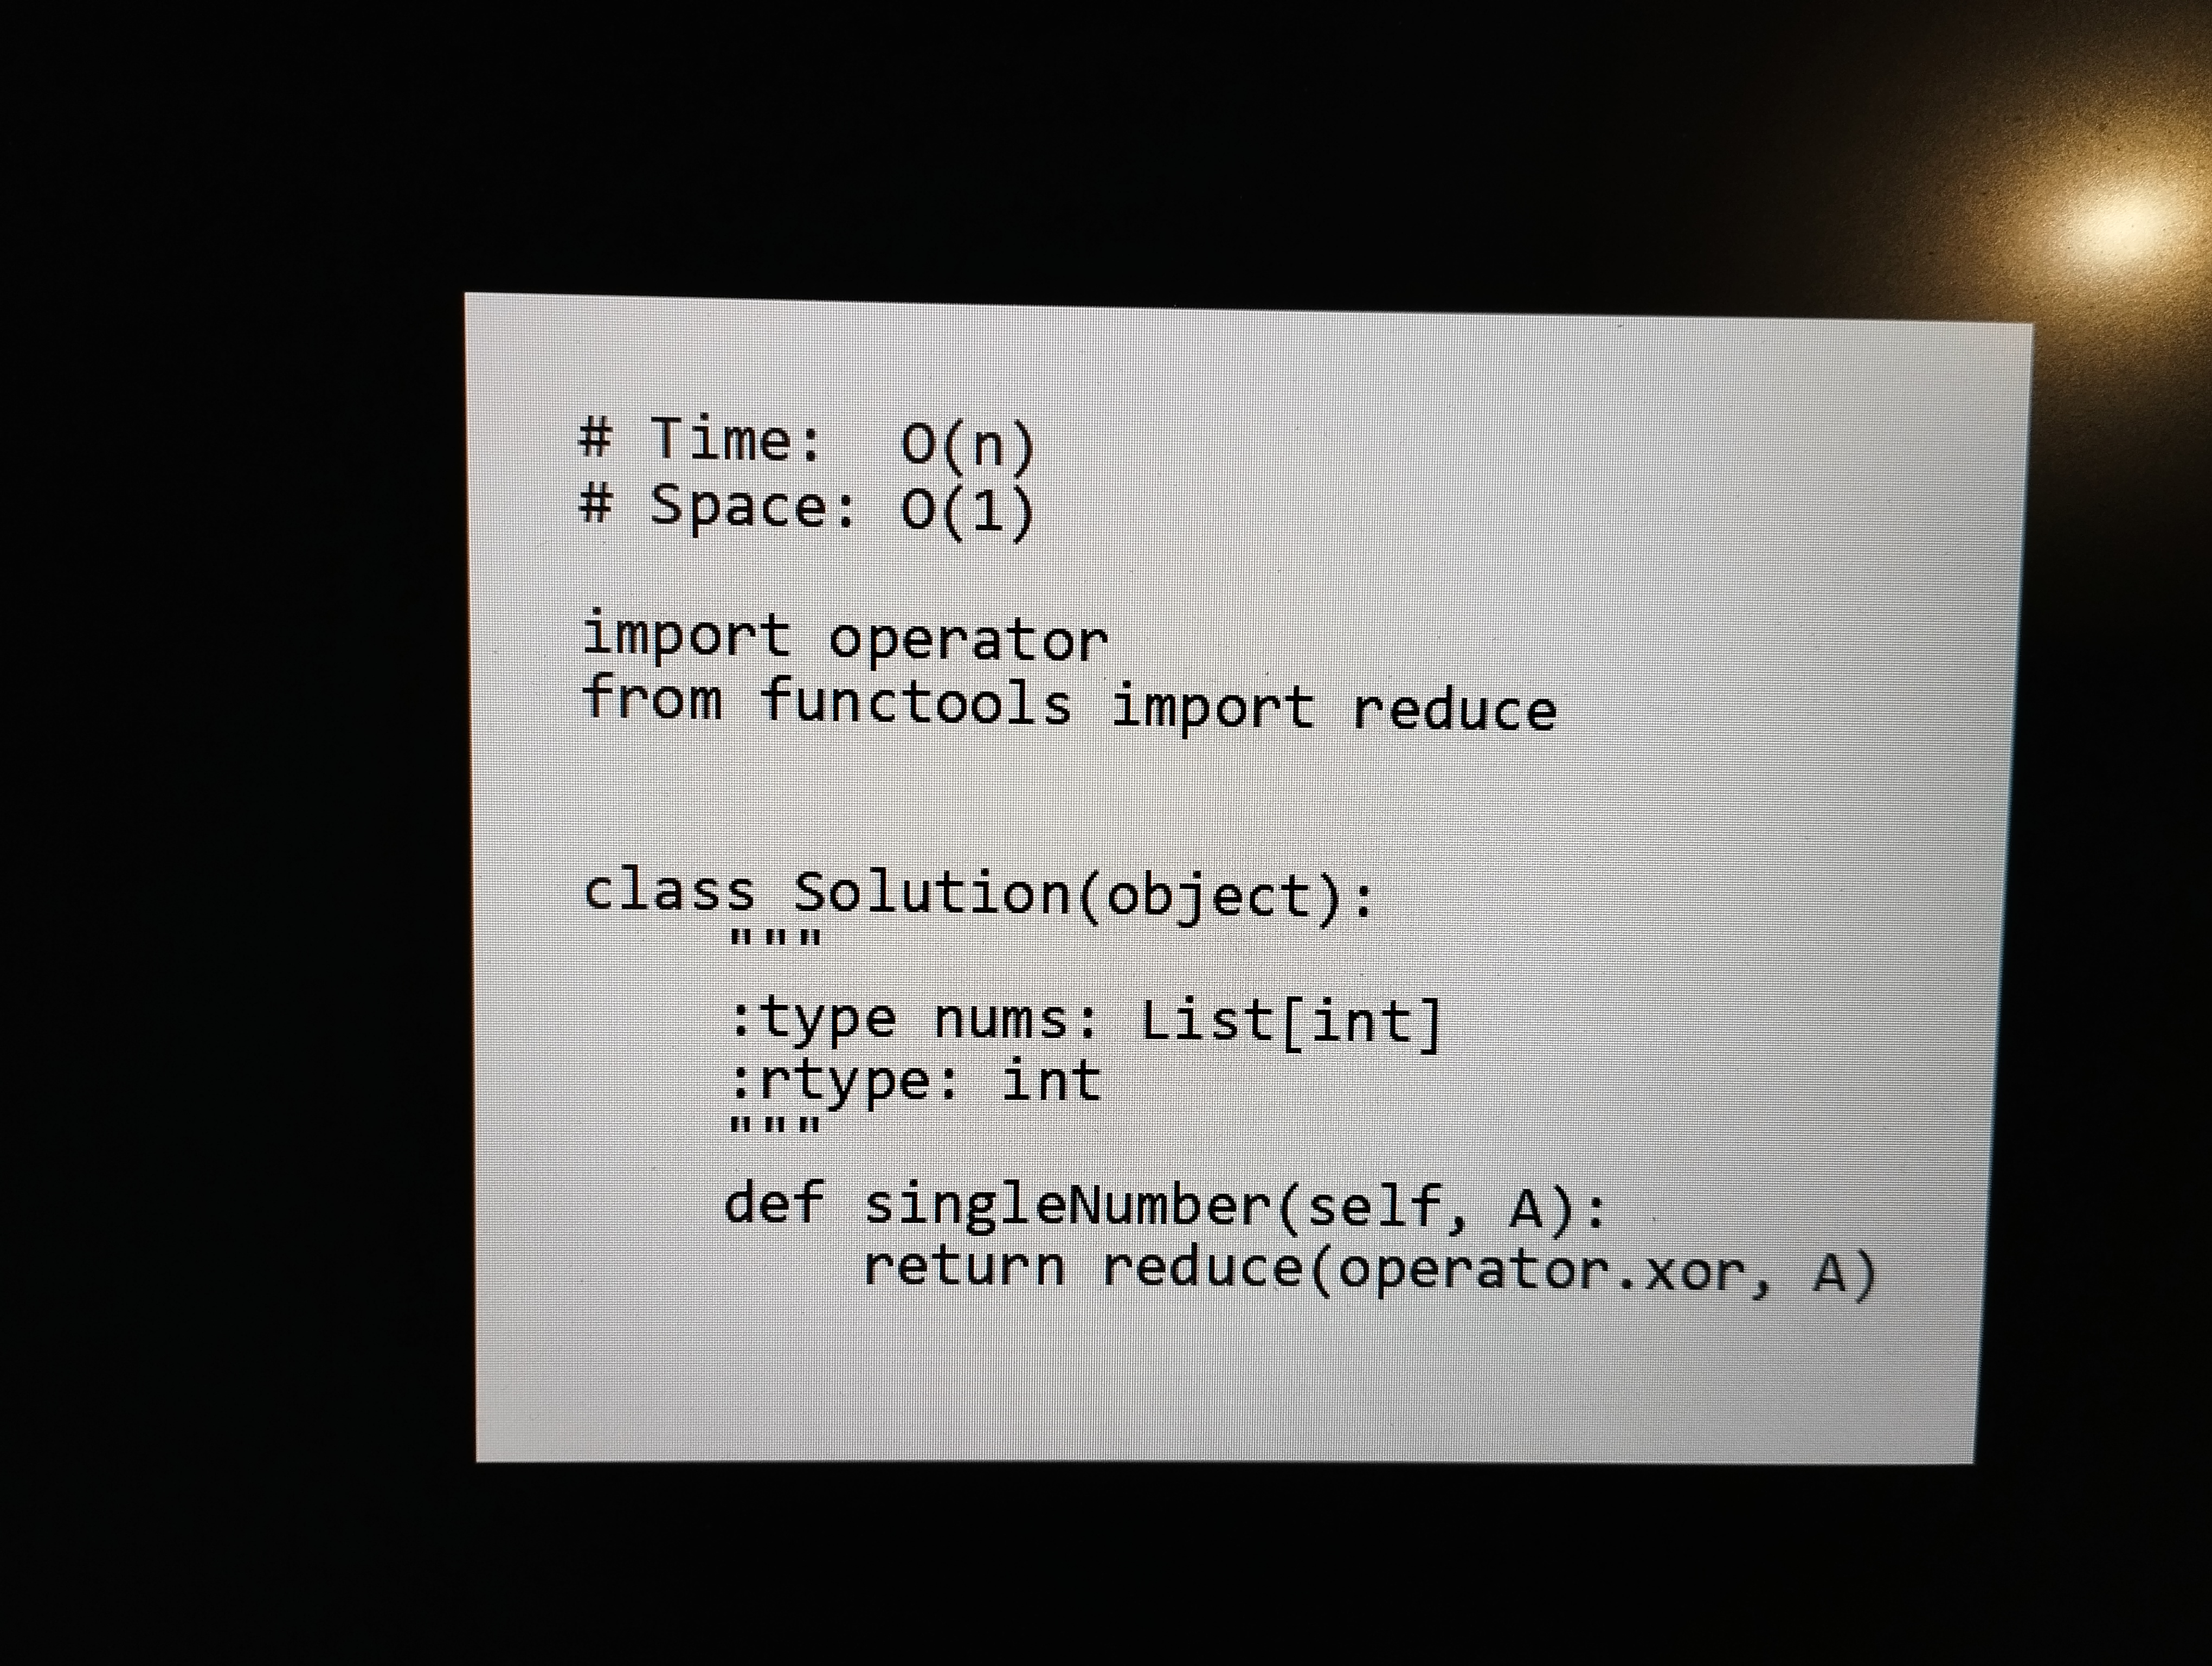
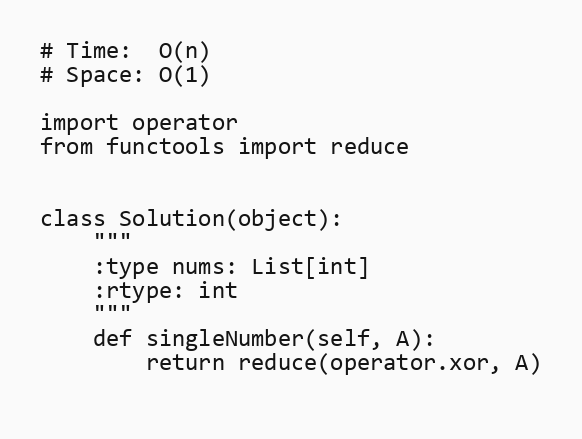
# Time:  O(n)
# Space: O(1)

import operator
from functools import reduce

class Solution(object):
    """
    :type nums: List[int]
    :rtype: int
    """
    def singleNumber(self, A):
        return reduce(operator.xor, A)